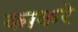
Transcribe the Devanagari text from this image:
काकरे